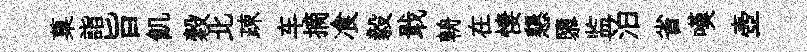
菓詣旨飢穀北疎车摘飡毅戢輈在悽懇隳监泊省嘆壺